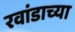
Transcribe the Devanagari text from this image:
रवांडाच्‍या